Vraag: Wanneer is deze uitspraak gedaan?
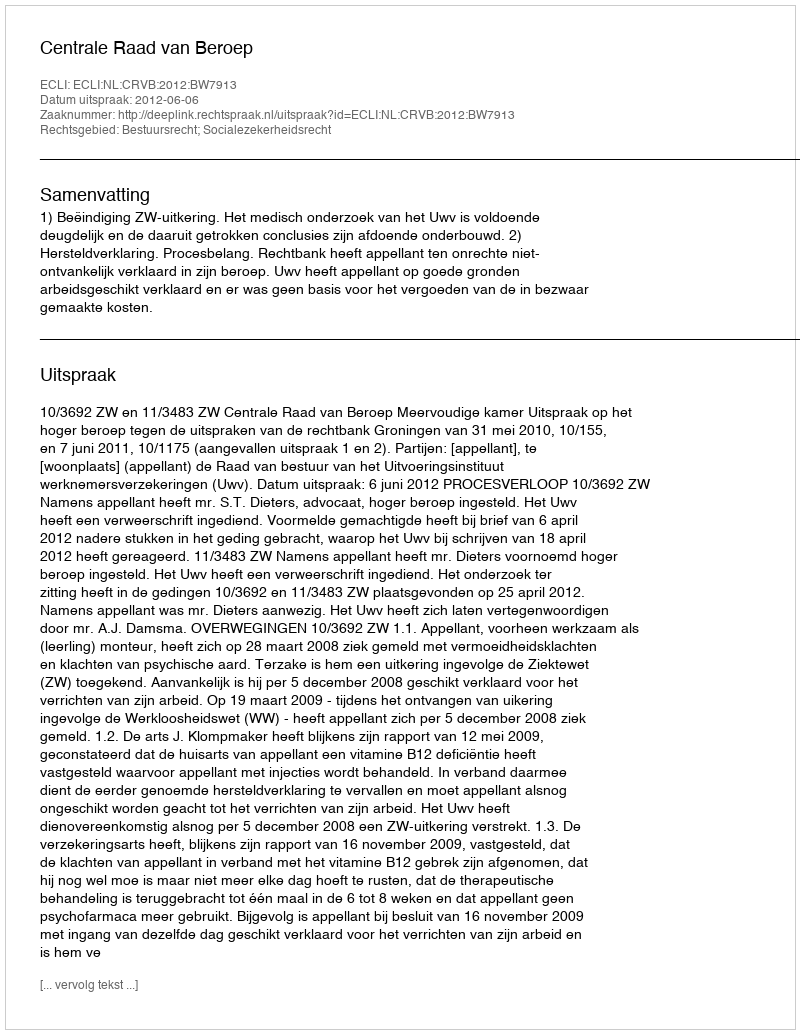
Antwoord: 2012-06-06